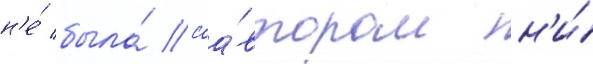
н'е́ была́ соа́втором н'и́